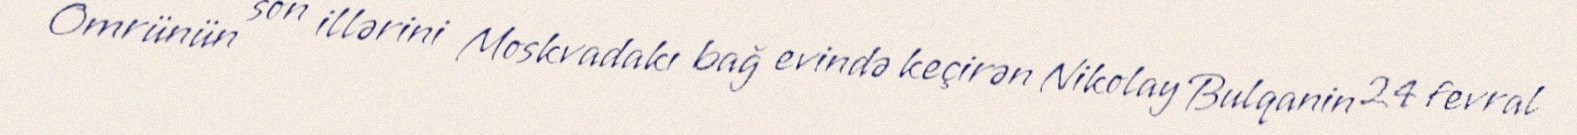
Ömrünün son illərini Moskvadakı bağ evində keçirən Nikolay Bulqanin 24 fevral